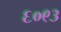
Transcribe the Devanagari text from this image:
६०९३